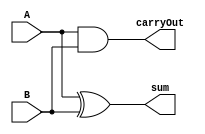
module halfAdder (sum,carryOut,A,B); //Yarm toplayc
input A,B; //Input bir bitlik A ve B saylar
output sum,carryOut; //Output olarak toplam(sum) ve elde(carryOut)
wire A,B,sum,carryOut;

xor calculateSum (sum,A,B); //Sum deikenin hesaplanmas
and calculateCarryOut (carryOut,A,B); //carryOut(Elde) hesaplanmas

endmodule